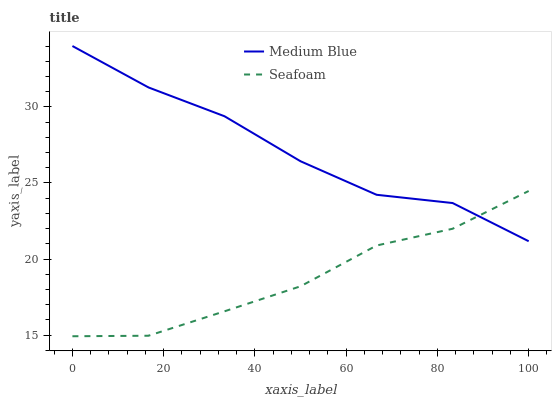
| xaxis_label | Medium Blue | Seafoam |
 | --- | --- | --- |
 | 0 | 34 | 14.9 |
 | 16.7 | 31.3 | 15 |
 | 33.3 | 29.4 | 16.6 |
 | 50 | 26.4 | 18.2 |
 | 66.7 | 24.2 | 20.9 |
 | 83.3 | 23.7 | 22 |
 | 100 | 21.2 | 24.5 |